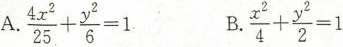
A. $$\frac{4x^{2}}{25} + \frac{y^{2}}{6} = 1$$ B. $$\frac{x^{2}}{4} + \frac{y^{2}}{2} = 1$$